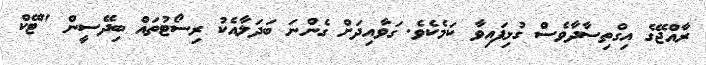
ރާއްޖޭގެ އިގްތިސާދާވެސް ގުޅިފައިވާ ކަމެކެވެ. ގަވާއިދަށް ގެންނަ ބަދަލާއެކު ރިސޯޓުތައް ބިދޭސީން "ޓޭކް